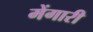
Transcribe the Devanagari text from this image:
मेंगारी